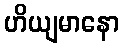
ဟိယျမာနော